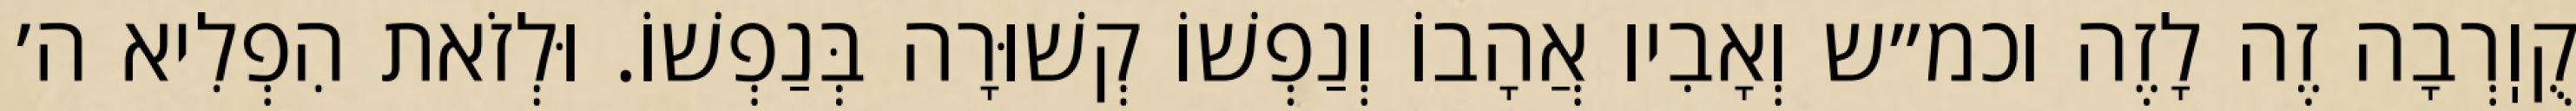
קֻוֽרְבָה זֶה לָזֶה וכמ״ש וְאָבִיו אֲהָבוֹ וְנַפְשׁוֹ קְשׁוּרָה בְּנַפְשׁוֹ. וּלְזֹאת הִפְלִיא ה׳